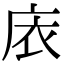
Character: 庡